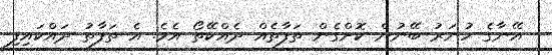
އޭނާގެ ހުނަރު ބޭނުން ކޮށްގެން ތަފާތެއް ދެއްކޭތޯ އެވެ. އެ ތަފާތު ދައްކައިފި